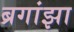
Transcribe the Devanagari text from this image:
ब्रगांझा